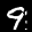
Label: 9